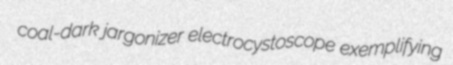
coal-dark jargonizer electrocystoscope exemplifying